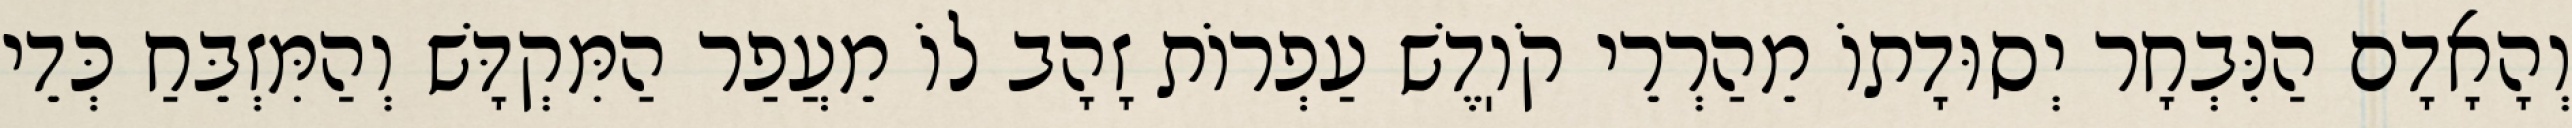
וְהָאָדָם הַנִּבְחָר יְסוּדָתוֹ מֵהַרְרֵי קֹוֽדֶשׁ עַפְרוֹת זָהָב לוֹ מֵעֲפַר הַמִּקְדָּשׁ וְהַמִּזְבֵּחַ כְּדֵי